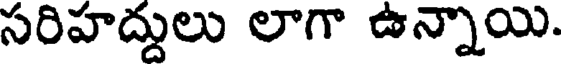
సరిహద్దులు లాగా ఉన్నాయి.